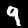
Digit: 9